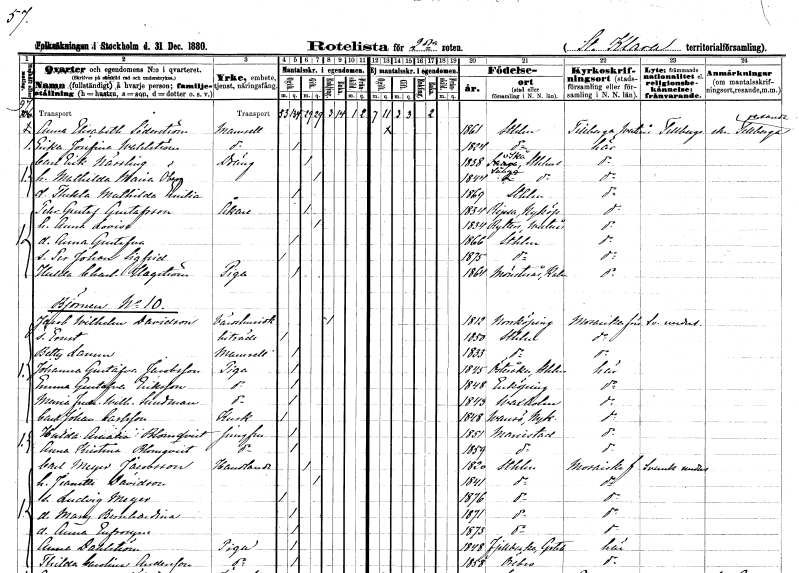
gt_parse: households: individuals: FN: Anna Elisabeth
EN: Söderström
KON: K
CIV: O
FODAR: 1861
FODFORS: Stockholm
FN: Erika Josefina
EN: Wahlström
KON: K
CIV: O
FODAR: 1824
FODFORS: Stockholm
FN: Carl Erik
EN: Nässling
YRKE: Dräng
KON: M
CIV: G
FODAR: 1838
FODFORS: Skå Stockholms län
FN: Mathilda Maria
EN: Öberg
KON: K
CIV: G
FODAR: 1844
FODFORS: Sånga Stockholms län
FN: Thekla Mathilda Emilia
KON: K
CIV: O
FODAR: 1869
FODFORS: Stockholm
FN: Pehr Gustaf
EN: Gustafsson
YRKE: Åkare
KON: M
CIV: G
FODAR: 1834
FODFORS: Ripsa Södermanlands län
FN: Anna Lovisa
KON: K
CIV: G
FODAR: 1834
FODFORS: Rytterne Västmanlands län
FN: Anna Gustafva
KON: K
CIV: O
FODAR: 1866
FODFORS: Stockholm
FN: Per Johan Sigfrid
KON: M
CIV: O
FODAR: 1875
FODFORS: Stockholm
FN: Hulda Charlotta
EN: Hagström
YRKE: Piga
KON: K
CIV: O
FODAR: 1864
FODFORS: Mönsterås Kalmar län
FN: Jacob Wilhelm
EN: Davidson
YRKE: Värdshusidkare
KON: M
CIV: E
FODAR: 1812
FODFORS: Norrköping Östergötlands län
FN: Ernst
YRKE: Biträde
KON: M
CIV: O
FODAR: 1850
FODFORS: Stockholm
FN: Betty
EN: Larsson
KON: K
CIV: O
FODAR: 1833
FODFORS: Stockholm
FN: Johanna Gustafva
EN: Jacobsson
YRKE: Piga
KON: K
CIV: O
FODAR: 1845
FODFORS: Österåker Stockholms län
FN: Emma Gustafva
EN: Eriksson
YRKE: Piga
KON: K
CIV: O
FODAR: 1848
FODFORS: Enköping Uppsala län
FN: Maria Fredrika Wilhelmina
EN: Sundman
YRKE: Piga
KON: K
CIV: O
FODAR: 1843
FODFORS: Vaxholm Stockholms län
FN: Carl Johan
EN: Carlsson
YRKE: Kusk
KON: M
CIV: O
FODAR: 1848
FODFORS: Vansö Södermanlands län
FN: Hulda Amalia
EN: Blomqvist
YRKE: Jungfru
KON: K
CIV: O
FODAR: 1851
FODFORS: Mariestad Skaraborgs län
FN: Anna Kristina
EN: Blomqvist
YRKE: Jungfru
KON: K
CIV: O
FODAR: 1859
FODFORS: Mariestad Skaraborgs län